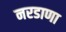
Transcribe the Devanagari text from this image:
नरडाणा